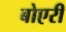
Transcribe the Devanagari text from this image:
बोएरी